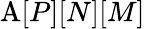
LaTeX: \mathrm{A}[P][N][M]